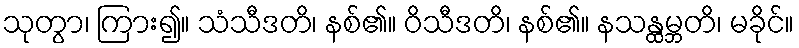
သုတွာ၊ ကြား၍။ သံသီဒတိ၊ နစ်၏။ ဝိသီဒတိ၊ နစ်၏။ နသန္ထမ္ဘတိ၊ မခိုင်။